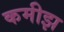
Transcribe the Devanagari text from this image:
कमीझ